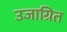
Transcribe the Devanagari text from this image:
उजाग्रित